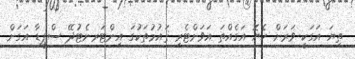
ތިޔަ އަގަކީ ވަރަށް ހެޔޮ އަގެއްތަ އަވަށްޓެރި ޤައުމުތަކުގަ އިންޓަރނެޓުދޭ ސްޕީޑާ އަގަށް